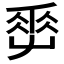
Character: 𡴤